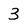
Character: 3